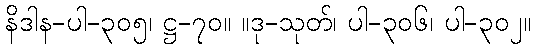
နိဒါန-ပါ-၃၀၅၊ ဋ္ဌ-၇၀။ ။ဒု-သုတ်၊ ပါ-၃၀၆၊ ပါ-၃၀၂။